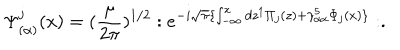
LaTeX: \Psi _ { ( \alpha ) } ^ { j } ( x ) = ( \frac { \mu } { 2 \pi } ) ^ { 1 / 2 } : e ^ { - i \sqrt { \pi } \{ \int _ { - \infty } ^ { x } d z ^ { 1 } \Pi _ { j } ( z ) + \gamma _ { \alpha \alpha } ^ { 5 } \Phi _ { j } ( x ) \} } : .